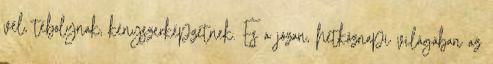
vél, tébolynak, kényszerképzetnek. És a józan, hétköznapi világában az